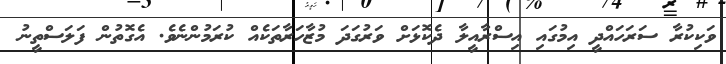
ވަކިކުރާ ސަރަހައްދީ އިމުގައި އިސްރާއީލާ ދެކޮޅަށް ވަރުގަދަ މުޒާހަރާތަކެއް ކުރަމުންނެވެ. އެގޮތުން ފަލަސްތީނު